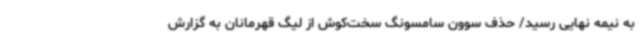
به نیمه نهایی رسید/ حذف سوون سامسونگ سخت‌کوش از لیگ قهرمانان به گزارش